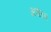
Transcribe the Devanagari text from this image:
अचेतनं